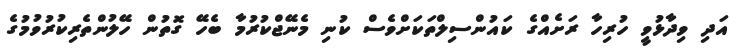
އަދި ވިދާޅުވީ ހުރިހާ ރަށެއްގެ ކައުންސިލްތަކަށްވެސް ކުނި މެނޭޖްކުރުމާ ބެހޭ ގޮތުން ހޭލުންތެރިކުރުވުމުގެ